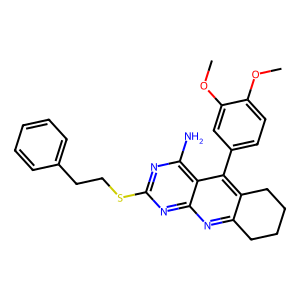
SMILES: COc1ccc(-c2c3c(nc4nc(SCCc5ccccc5)nc(N)c24)CCCC3)cc1OC
Inhibits HIV replication: No